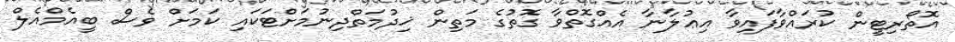
އޮތޯރިޓީން ކުރައްވާފައިވާ އިޢުލާނާ އެއްގޮތްވާ ގޮތުގެ މަތިން ޚިދުމަތްދިނުމަށްޓަކައި ކަމަށް ވެސް ބީއެމްއެލް